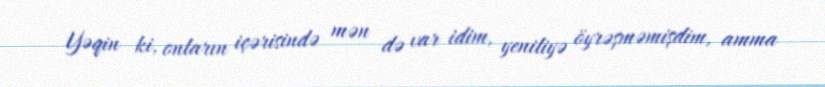
Yəqin ki, onların içərisində mən də var idim, yeniliyə öyrəşməmişdim, amma